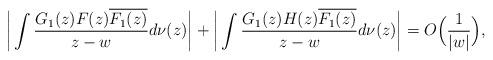
LaTeX: \begin{align*} \bigg|\int\frac{G_1(z) F(z)\overline{F_1(z)}}{z-w} d\nu(z) \bigg|+\bigg|\int\frac{G_1(z) H(z)\overline{F_1(z)}}{z-w} d\nu(z) \bigg| =O\Big(\frac{1}{|w|}\Big), \end{align*}